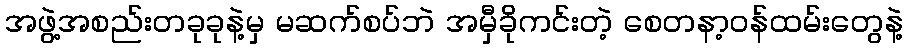
အဖွဲ့အစည်းတခုခုနဲ့မှ မဆက်စပ်ဘဲ အမှီခိုကင်းတဲ့ စေတနာ့ဝန်ထမ်းတွေနဲ့